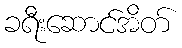
ခရီးဆောင်အိတ်